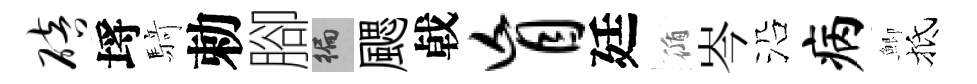
碚埓𮪍勅腳徧颸㦸盲廷循岑沿病鯽抵